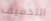
التخفيف